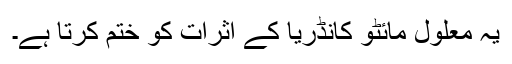
یہ معلول مائٹو کانڈریا کے اثرات کو ختم کرتا ہے۔